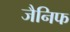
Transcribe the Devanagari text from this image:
जैनिफ